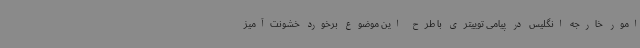
امور خارجه انگلیس در پیامی توییتری با طرح این موضوع برخورد خشونت‌آمیز